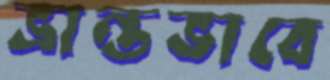
ভ্রান্তভাবে